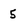
Character: 5